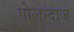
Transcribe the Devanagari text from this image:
गोलन्दाज